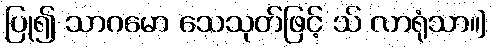
ပြု၍ သာဂမော သေသုတ်ဖြင့် သ် လာရုံသာ။]